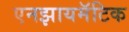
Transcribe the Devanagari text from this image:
एनझायमॅटिक